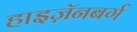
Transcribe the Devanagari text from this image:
हाइज़ॅनबर्ग